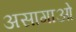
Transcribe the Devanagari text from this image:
असागाओ